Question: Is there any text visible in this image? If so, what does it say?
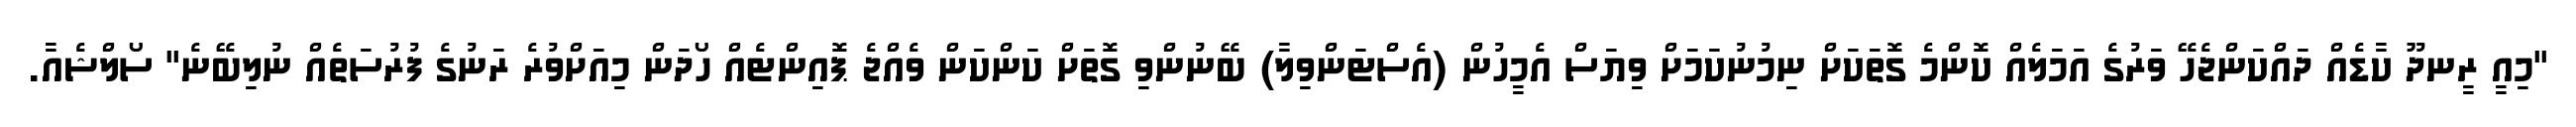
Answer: "މިއީ ރީނދޫ ކާޑެއް ދައްކަންޖެހޭ ވަރުގެ އަމަލެއް ކޮންމެ ގޮތަކަށް ނިމުނުކަމަށް ވިޔަސް އެމީހުން (އެސްޓަންވިލާ) ބޭނުންވި ގޮތަށް ކަންކަން ވެއްޖެ ޕޮއިންޓެއް ހޯދަން މިއަށްވުރެ ރަނުގެ ފުރުސަތެއް ނުލިބޭނެ" ސޯލްޝެއާ.